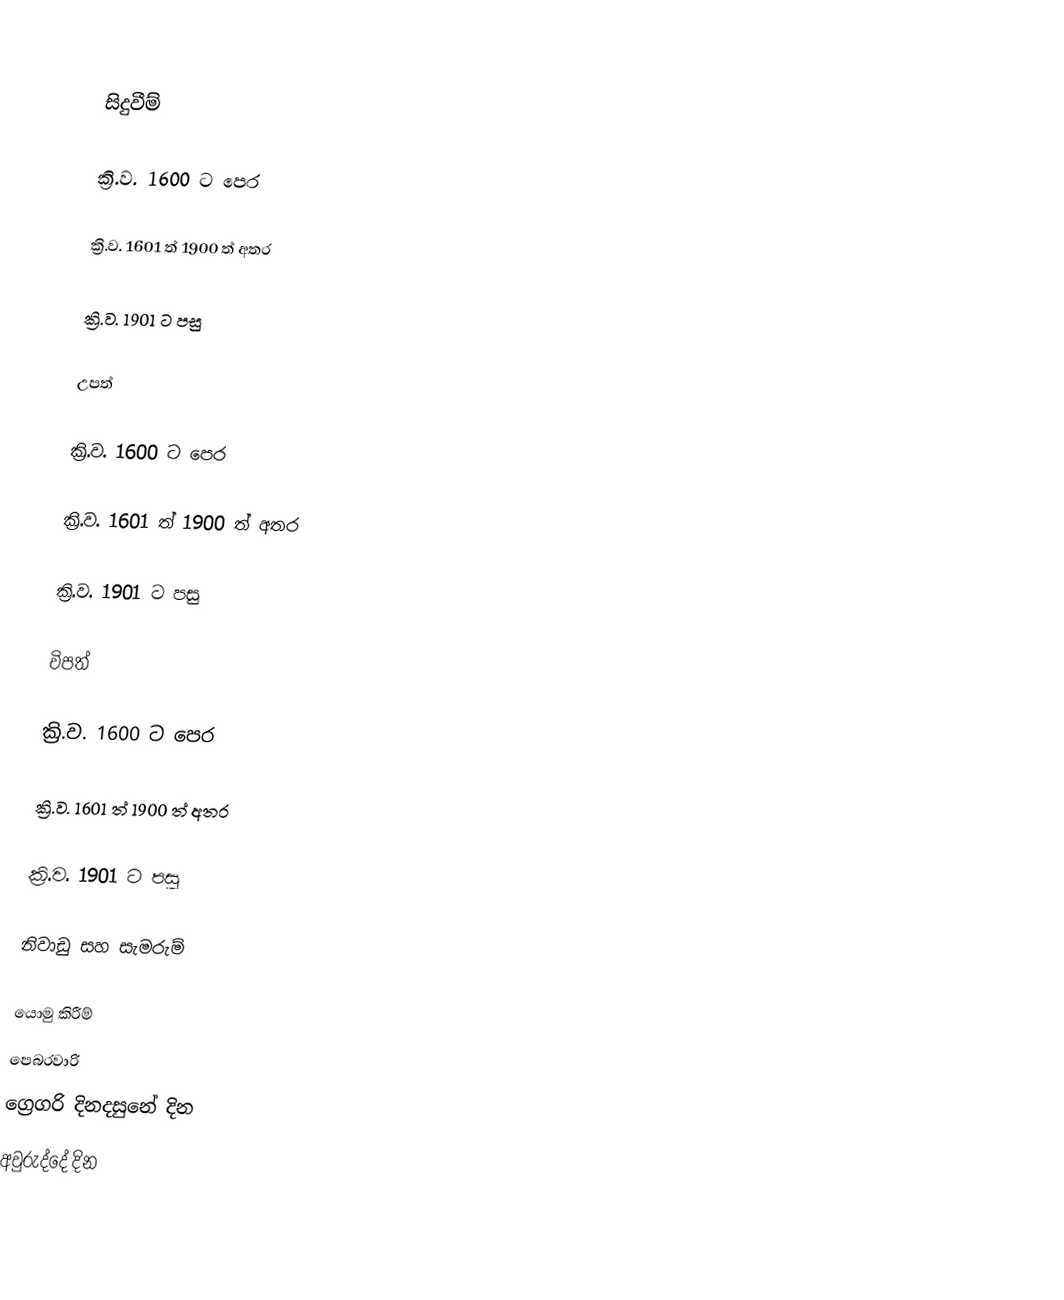

සිදුවීම්

ක්‍රි.ව. 1600 ට පෙර

ක්‍රි.ව. 1601 ත් 1900 ත් අතර

ක්‍රි.ව. 1901 ට පසු

උපත්

ක්‍රි.ව. 1600 ට පෙර

ක්‍රි.ව. 1601 ත් 1900 ත් අතර

ක්‍රි.ව. 1901 ට පසු

විපත්

ක්‍රි.ව. 1600 ට පෙර

ක්‍රි.ව. 1601 ත් 1900 ත් අතර

ක්‍රි.ව. 1901 ට පසු

නිවාඩු සහ සැමරුම්

යොමු කිරීම්
පෙබරවාරි
ග්‍රෙගරි දිනදසුනේ දින
අවුරුද්දේ දින